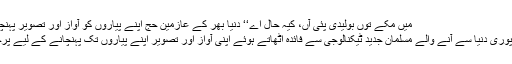
میں مکے توں بولیدی پئی آں، کیہ حال اے‘‘ دنیا بھر کے عازمینِ حج اپنے پیاروں کو آواز اور تصویر پہنچانے کے لیے سرگرم
فرئضہ حج کے لیے پوری دنیا سے آنے والے مسلمان جدید ٹیکنالوجی سے فائدہ اٹھاتے ہوئے اپنی آواز اور تصویر اپنے پیاروں تک پہنچانے کے لیے پُرجوش نظر آ رہے ہیں۔